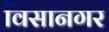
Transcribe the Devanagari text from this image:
विसानगर